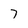
Character: 7